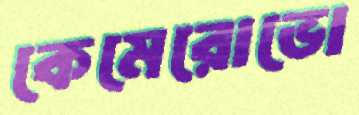
কেমেরোভো